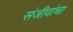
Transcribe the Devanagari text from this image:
संजीवांचा